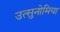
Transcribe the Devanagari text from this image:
उत्सुनोमिया